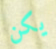
يكن